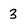
Character: 3